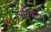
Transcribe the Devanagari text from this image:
अधिकांश्